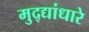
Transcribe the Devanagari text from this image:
मुद्द्यांधारे